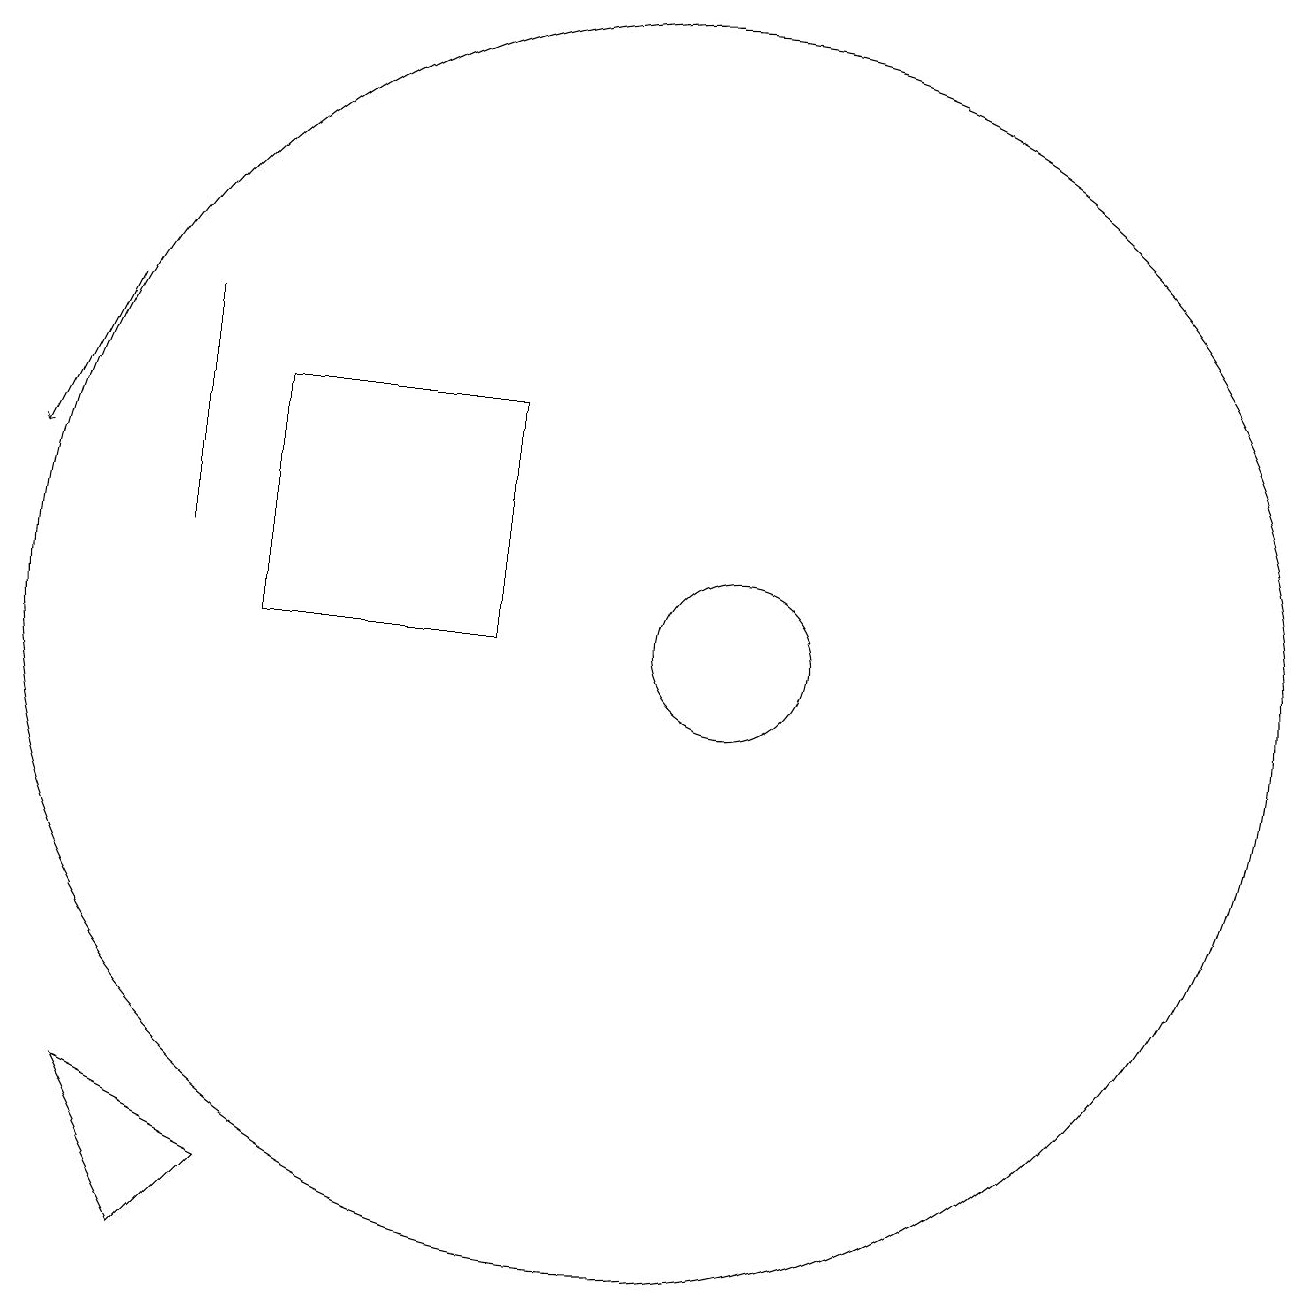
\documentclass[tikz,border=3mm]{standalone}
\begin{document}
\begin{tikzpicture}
\draw (4,11) rectangle (4,14);
\draw (11,10) circle (1);
\draw (11,10) circle (0);
\draw (10,10) circle (8);
\draw[->] (3,14) -- (2,12);
\draw (8,10) rectangle (5,13);
\draw (4,2) -- (5,3) -- (3,4) -- cycle;
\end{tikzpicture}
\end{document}